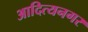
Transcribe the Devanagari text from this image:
आदित्यनगर